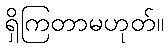
ရှိကြတာမဟုတ်။